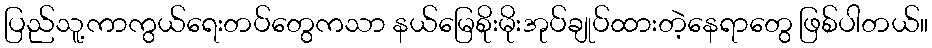
ပြည်သူ့ကာကွယ်ရေးတပ်တွေကသာ နယ်မြေစိုးမိုးအုပ်ချုပ်ထားတဲ့နေရာတွေ ဖြစ်ပါတယ်။